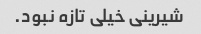
شیرینی خیلی تازه نبود.